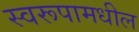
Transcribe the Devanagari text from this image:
स्वरूपामधील